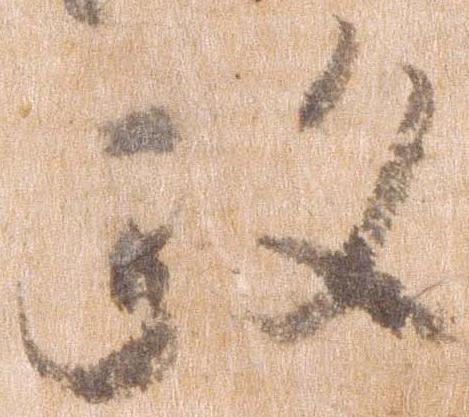
政